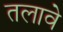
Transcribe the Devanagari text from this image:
तलावे